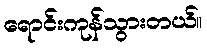
ရောင်းကုန်သွားတယ်။